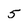
Character: 5